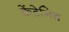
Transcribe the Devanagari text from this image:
केंटेनिच